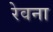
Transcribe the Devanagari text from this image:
रेवना